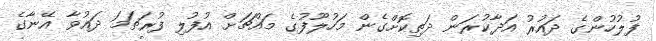
ފުލުހުންގެ ދައުރު އަދާކުރަން ދަތިކޮށްގެން މަހުލޫފުގެ މައްޗަށް އުފުލި ފުރަތަމަ ދައުވާ އޭނާގެ